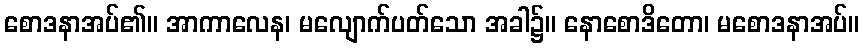
စောဒနာအပ်၏။ အာကာလေန၊ မလျောက်ပတ်သော အခါ၌။ နောစောဒိတော၊ မစောဒနာအပ်။